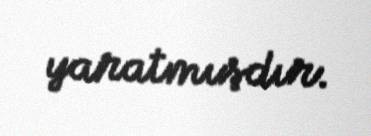
yaratmışdır.